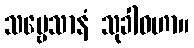
သဗ္ဗေသာနံ သုခါဝဟာ။